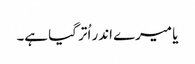
یا میرے اندر اُتر گیا ہے۔